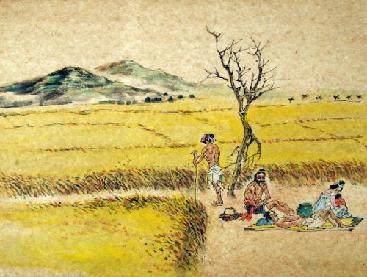
采得百花成蜜后，为谁辛苦为谁甜。